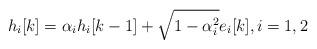
LaTeX: \begin{align*}h_i[k]=\alpha_i h_i[k-1]+\sqrt{1-\alpha_i^2} e_i[k],i=1, 2\end{align*}